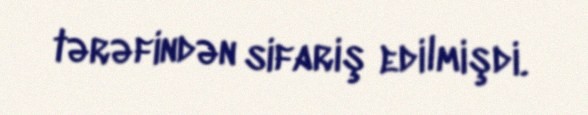
tərəfindən sifariş edilmişdi.